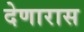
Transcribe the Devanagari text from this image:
देणारास